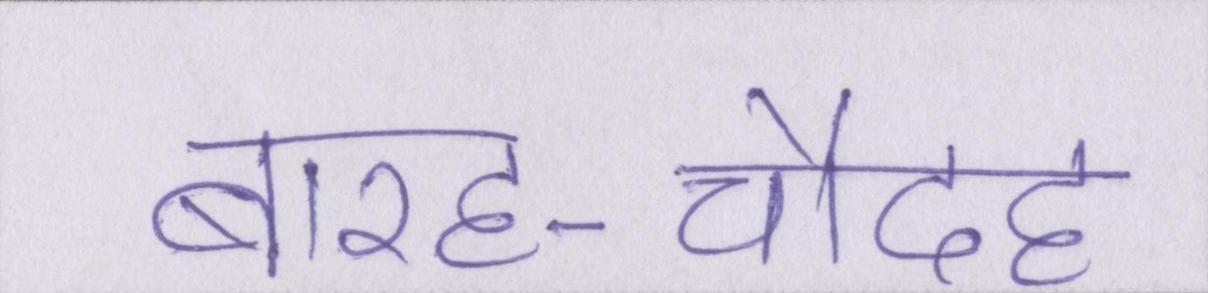
बारह-चौदह